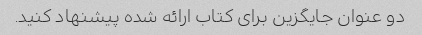
دو عنوان جایگزین برای کتاب ارائه شده پیشنهاد کنید.